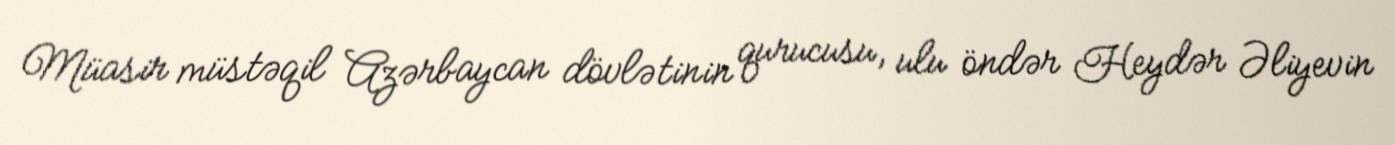
Müasir müstəqil Azərbaycan dövlətinin qurucusu, ulu öndər Heydər Əliyevin